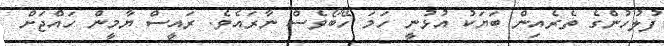
ފުލުހުންގެ ތެރެއިން ބަޔަކު އުޅުނީ ހަމަ ހޭބޯވެސް ނާރައެވެ. ރައީސް ޔާމީން ހައްޖަށް